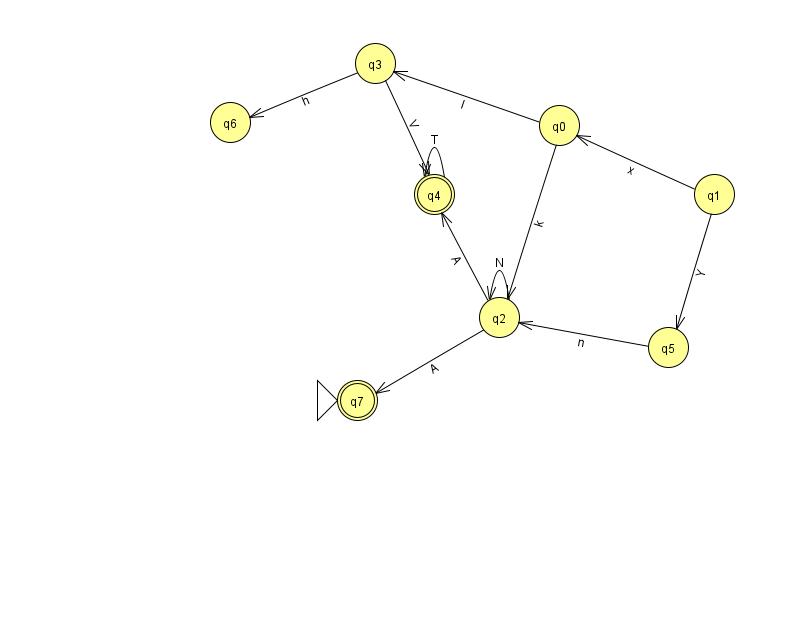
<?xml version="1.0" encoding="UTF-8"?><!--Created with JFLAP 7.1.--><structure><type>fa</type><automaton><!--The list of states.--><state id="0" name="q0"><x>559.0</x><y>112.0</y></state><state id="1" name="q1"><x>714.0</x><y>181.0</y></state><state id="2" name="q2"><x>499.0</x><y>304.0</y></state><state id="3" name="q3"><x>375.0</x><y>50.0</y></state><state id="4" name="q4"><x>434.0</x><y>181.0</y><final/></state><state id="5" name="q5"><x>668.0</x><y>334.0</y></state><state id="6" name="q6"><x>230.0</x><y>109.0</y></state><state id="7" name="q7"><x>357.0</x><y>387.0</y><initial/><final/></state><!--The list of transitions.--><transition><from>5</from><to>2</to><read>n</read></transition><transition><from>3</from><to>4</to><read>V</read></transition><transition><from>1</from><to>0</to><read>x</read></transition><transition><from>4</from><to>4</to><read>T</read></transition><transition><from>2</from><to>7</to><read>A</read></transition><transition><from>2</from><to>4</to><read>A</read></transition><transition><from>3</from><to>6</to><read>h</read></transition><transition><from>0</from><to>3</to><read>l</read></transition><transition><from>1</from><to>5</to><read>Y</read></transition><transition><from>0</from><to>2</to><read>k</read></transition><transition><from>2</from><to>2</to><read>N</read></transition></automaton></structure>